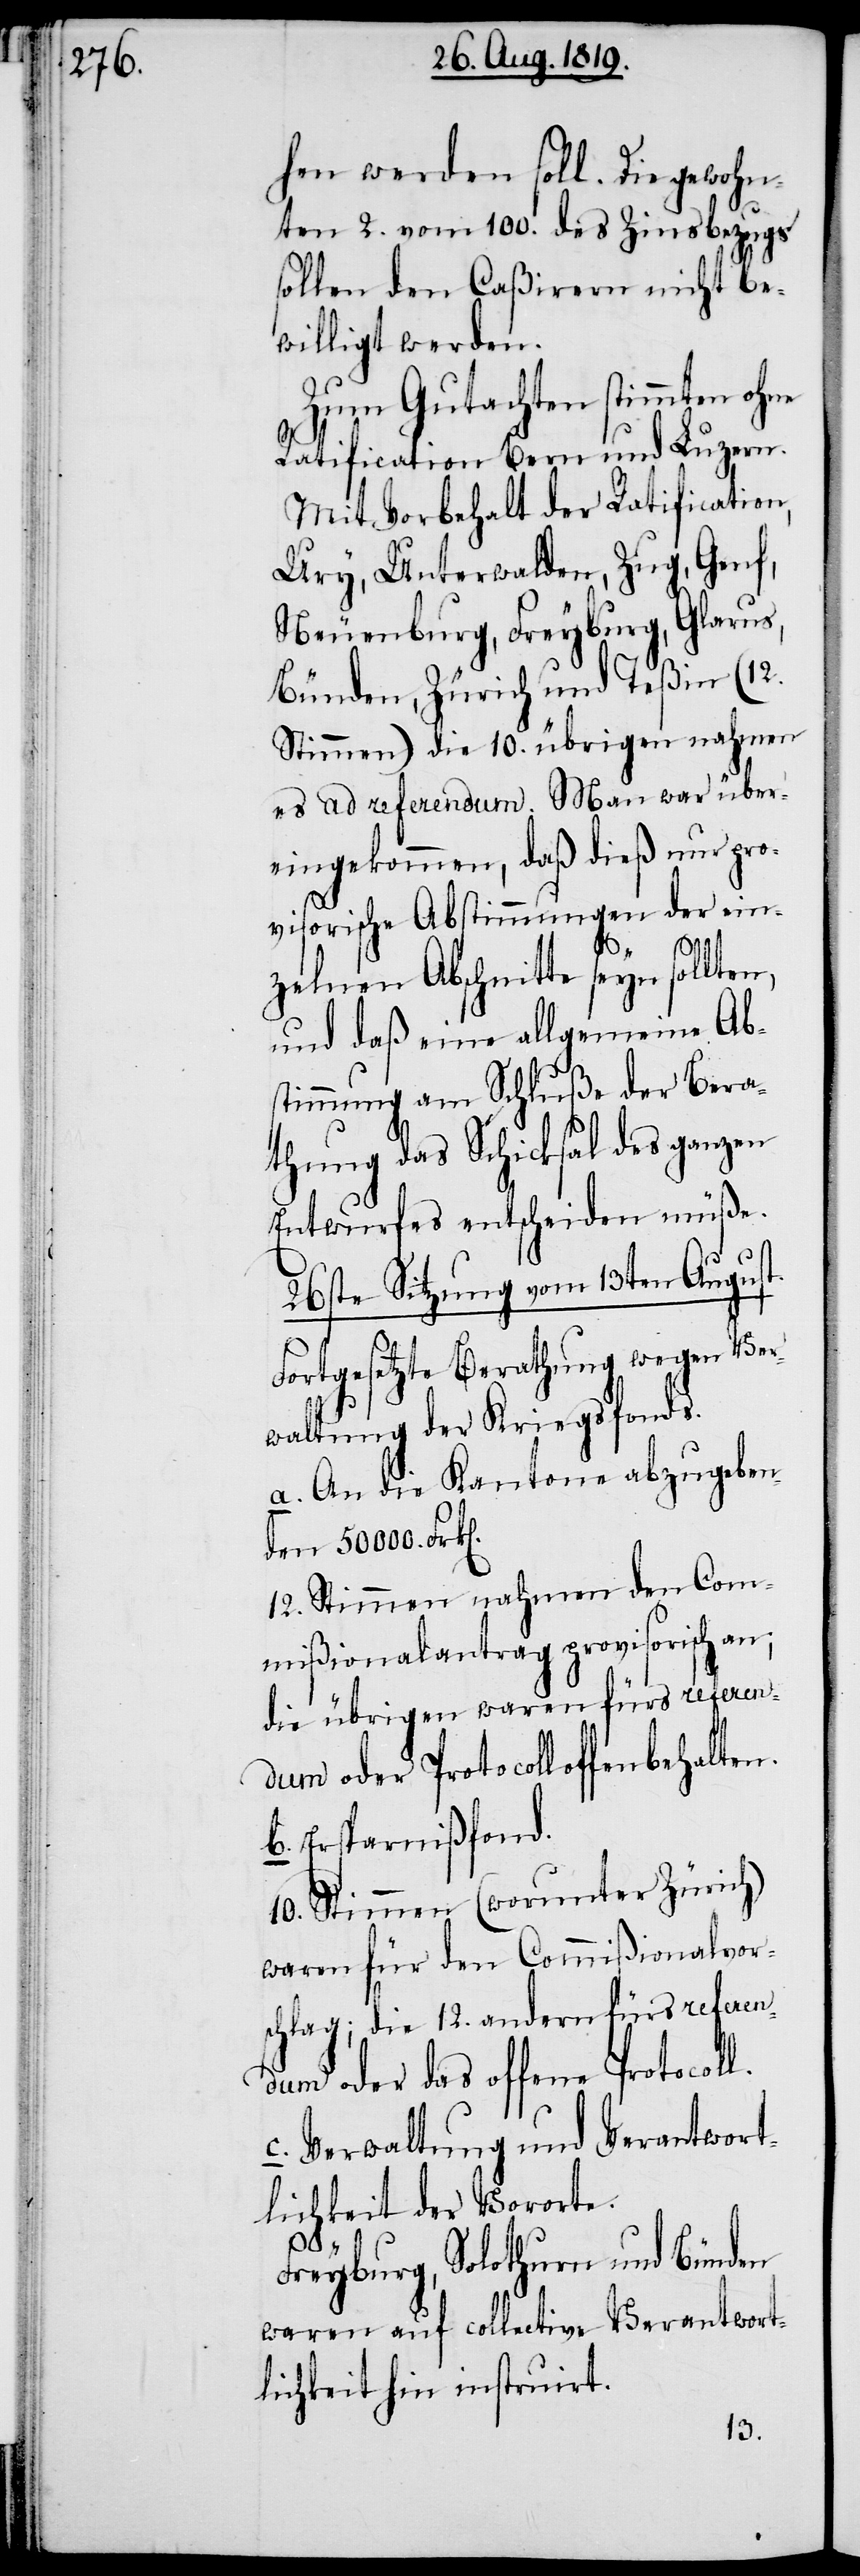
hen werden soll. Die gewohn¬
ten 2. vom 100. des Zinsbezugs
sollen den Caßirern nicht be¬
willigt werden.
Zum Gutachten stimmten ohne
Ratification Bern und Luzern.
Mit Vorbehalt der Ratification,
Ury, Unterwalden, Zug, Genf,
Neuenburg, Freyburg, Glarus,
Bünden, Zürich und Teßin (12.
Stimmen) die 10. übrigen nahmen
es ad referendum. Man war über¬
eingekommen, daß dieß nur pro¬
visorische Abstimmungen der ein¬
l.
zelnen Abschnitte seyn sollten,
und daß eine allgemeine Ab¬
stimmung am Schluße der Bera¬
thung das Schicksal des ganzen
Entwurfes entscheiden müße.
26ste Sitzung vom 13ten August.
Fortgesetzte Berathung wegen Ver¬
waltung der Kriegsfonds.
a. An die Kantone abzugeben¬
den 50000. Frk[e¬
12. Stimmen nahmen den Com¬
mißionalantrag provisorisch an;
die übrigen waren fürs referen¬
dum oder Protocolloffenbehalten.
b. Ersparnißfond.
10. Stimmen (worunter Zürich)
waren für den Commißionalvor¬
schlag; die 12. andern fürs referen¬
dum oder das offene Protocol¬
c. Verwaltung und Verantwort¬
lichkeit der Vororte:
Freyburg, Solothurn, und Bünden
waren auf collective Verantwort¬
lichkeit hin instruirt.